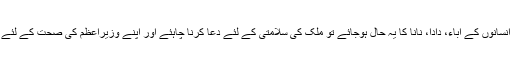
جب 130 کروڑ انسانوں کے آباء، دادا، نانا کا یہ حال ہوجائے تو ملک کی سلامتی کے لئے دعا کرنا چاہئے اور اپنے وزیراعظم کی صحت کے لئے فکر کرنا چاہئے۔